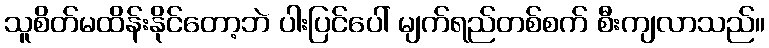
သူစိတ်မထိန်းနိုင်တော့ဘဲ ပါးပြင်ပေါ် မျက်ရည်တစ်စက် စီးကျလာသည်။